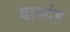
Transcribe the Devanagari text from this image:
वाग्दंड